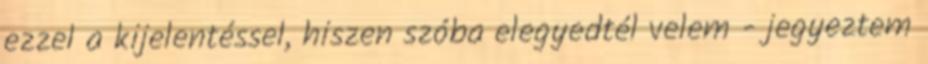
ezzel a kijelentéssel, hiszen szóba elegyedtél velem - jegyeztem